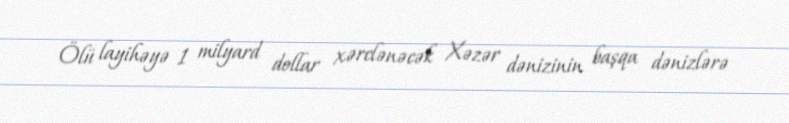
Ölü layihəyə 1 milyard dollar xərclənəcək Xəzər dənizinin başqa dənizlərə